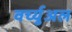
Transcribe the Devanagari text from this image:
वर्च्युअल